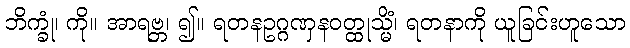
ဘိက္ခုံ၊ ကို။ အာရဗ္ဘ၊ ၍။ ရတနဥဂ္ဂဏှနဝတ္ထုသ္မိံ၊ ရတနာကို ယူခြင်းဟူသော